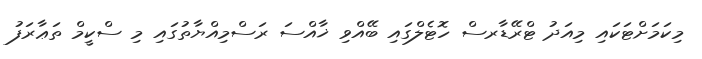
މިކަމަށްޓަކައި މިއަދު ޓްރޭޑާރސް ހޮޓެލްގައި ބޭއްވި ޚާއްސަ ރަސްމިއްޔާތުގައި މި ސްކީމް ތަޢާރަފު